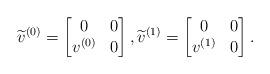
LaTeX: \begin{align*}\widetilde{v}^{(0)}=\begin{bmatrix}0&0\\ v^{(0)}&0\end{bmatrix},\widetilde{v}^{(1)}=\begin{bmatrix}0&0\\ v^{(1)}&0\end{bmatrix}.\end{align*}